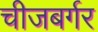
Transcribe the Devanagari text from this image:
चीजबर्गर